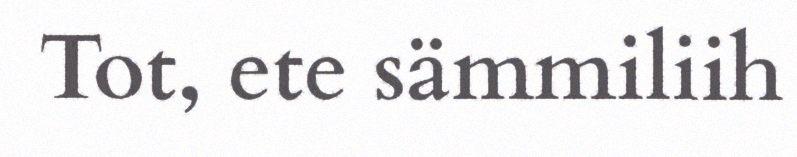
Tot, ete sämmiliih